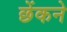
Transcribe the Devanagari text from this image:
छेंकने